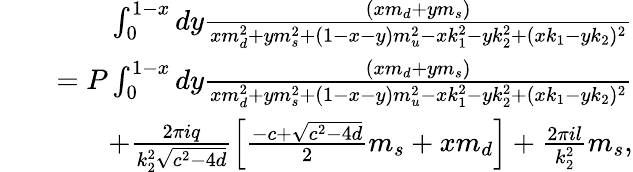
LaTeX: \begin{array}{rlr}&{}&{\int_{0}^{1-x}dy\frac{\left(xm_{d}+ym_{s}\right)}{xm_{d}^{2}+ym_{s}^{2}+(1-x-y)m_{u}^{2}-xk_{1}^{2}-yk_{2}^{2}+(xk_{1}-yk_{2})^{2}}}\\ &{}&{=P\int_{0}^{1-x}dy\frac{\left(xm_{d}+ym_{s}\right)}{xm_{d}^{2}+ym_{s}^{2}+(1-x-y)m_{u}^{2}-xk_{1}^{2}-yk_{2}^{2}+(xk_{1}-yk_{2})^{2}}}\\ &{}&{+\frac{2\pi iq}{k_{2}^{2}\sqrt{c^{2}-4d}}\left[\frac{-c+\sqrt{c^{2}-4d}}{2}m_{s}+xm_{d}\right]+\frac{2\pi il}{k_{2}^{2}}m_{s},}\end{array}